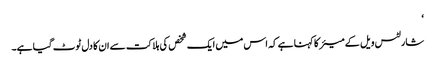
‘
شارلٹس ویل کے میئر کا کہنا ہے کہ اس میں ایک شخص کی ہلاکت سے ان کا دل ٹوٹ گیا ہے۔